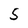
Character: 5